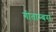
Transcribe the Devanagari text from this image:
गीताम्बरा